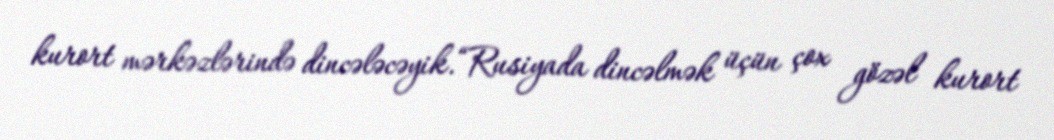
kurort mərkəzlərində dincələcəyik.“Rusiyada dincəlmək üçün çox gözəl kurort